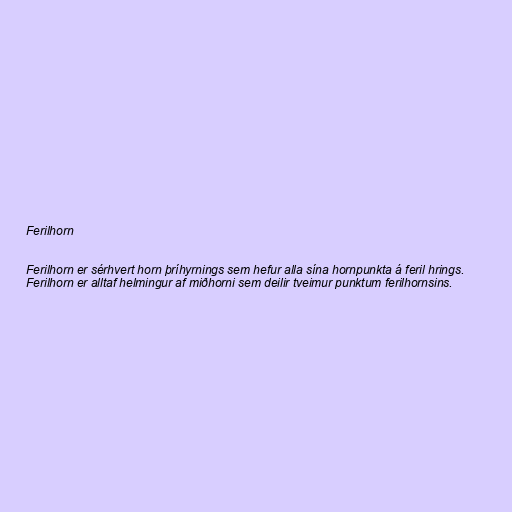
Ferilhorn

Ferilhorn er sérhvert horn þríhyrnings sem hefur alla sína hornpunkta á feril hrings.
Ferilhorn er alltaf helmingur af miðhorni sem deilir tveimur punktum ferilhornsins.